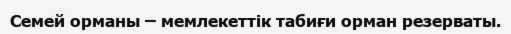
Семей орманы – мемлекеттік табиғи орман резерваты.